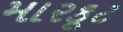
મારકૂટ